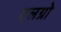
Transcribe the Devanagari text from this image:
एलग्रो